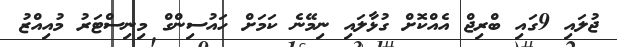
ޖުލައި 9ގައި ބްރިޖް އެއްކޮށް ގުޅާލައި ނިމޭނެ ކަމަށް ހައުސިންގް މިނިސްޓަރު މުއިއްޒު